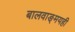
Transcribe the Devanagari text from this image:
बालवाङ्‌मयही